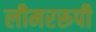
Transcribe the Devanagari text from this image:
लीमररूपी